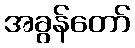
အခွန်တော်